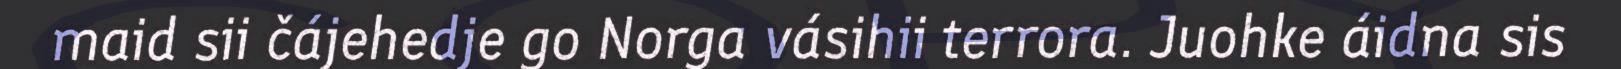
maid sii čájehedje go Norga vásihii terrora. Juohke áidna sis